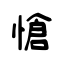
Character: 愴